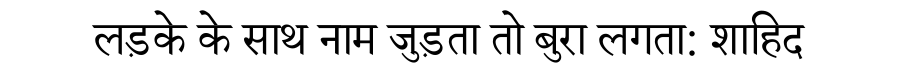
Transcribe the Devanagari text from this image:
लड़के के साथ नाम जुड़ता तो बुरा लगता: शाहिद